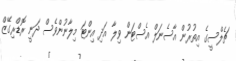
ޗެލްސީގެ އިތުރުން އާސެނަލް އެސްޓަން ވިލާ އަދި އިންޓަ މިލާނުންވެސް ދަނީ ރޮޑްރިގޭޒް